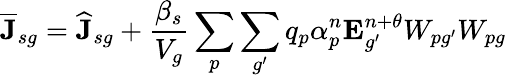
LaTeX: \overline{{\mathbf{J}}}_{sg}=\widehat{\mathbf{J}}_{sg}+\frac{\beta_{s}}{V_{g}}\sum_{p}\sum_{g^{\prime}}q_{p}{\alpha}_{p}^{n}\mathbf{E}_{g^{\prime}}^{n+\theta}W_{pg^{\prime}}W_{pg}